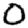
Digit: 0